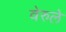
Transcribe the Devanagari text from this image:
वेरुले